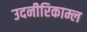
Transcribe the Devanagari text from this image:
उदनीरिकाम्ल